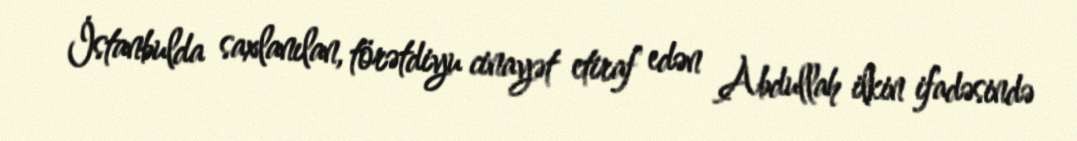
İstanbulda saxlanılan, törətdiyu cinayət etiraf edən Abdullah ilkin ifadəsində